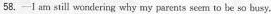
58.—I am still wondering why my pareats seem to be so busy.